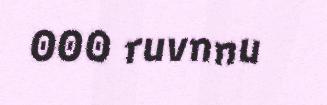
000 ruvnnu